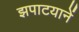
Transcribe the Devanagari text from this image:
झपाटयानें